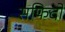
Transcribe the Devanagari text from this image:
सफिदों